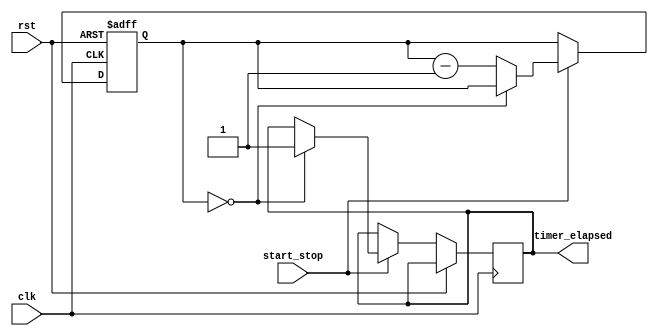
module countdown_timer (
    input wire clk,
    input wire rst,
    input wire start_stop,
    output reg timer_elapsed
);

reg [31:0] count;

always @ (posedge clk or posedge rst) begin
    if (rst) begin
        count <= 32'd0;
    end else begin
        if (start_stop) begin
            if (count == 32'd0) begin
                timer_elapsed <= 1'b1;
            end else begin
                count <= count - 1;
            end
        end
    end
end

endmodule